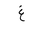
Letter: _gayn